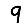
Digit: 9